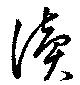
讀